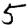
Digit: 5